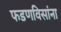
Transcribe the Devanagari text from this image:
फडणविसांना